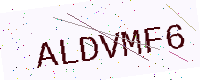
Text: ALDVMF6